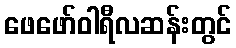
ဖေဖော်ဝါရီလဆန်းတွင်